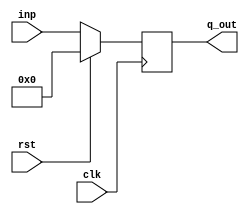
`timescale 1ns / 1ps
//////////////////////////////////////////////////////////////////////////////////
// Company: 
// Engineer: 
// 
// Design Name: 
// Module Name: d_ff
// Project Name: 
// Target Devices: 
// Tool Versions: 
// Description: 
// 
// Dependencies: 
// 
// Revision:
// Revision 0.01 - File Created
// Additional Comments:
// 
//////////////////////////////////////////////////////////////////////////////////


module d_ff(
    input clk,rst,
    input [15:0] inp,
    output [15:0] q_out
   
    );
    reg [15:0] q;
    always @ (posedge clk) begin
        if (rst)
            q<=0;        
        else
            q<=inp;
        end
    assign q_out=q;
endmodule